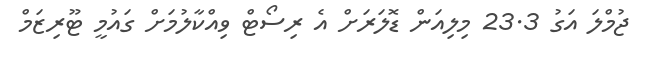
ޖުމްލަ އަގު 23.3 މިލިއަން ޑޮލަރަށް އެ ރިސޯޓް ވިއްކާލުމަށް ގައުމީ ޓޫރިޒަމް